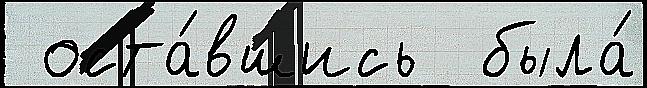
 оста́вшись  была́